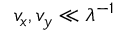
v _ { x } , v _ { y } \ll \lambda ^ { - 1 }